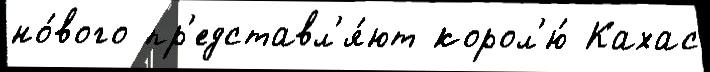
но́вого пр'едставл'я́ют корол'ю́ Кахас